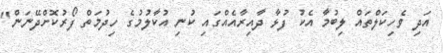
އަދި ވެހިކަލްތައް ލިބުމާ އެކު ފުޅާ ދާއިރާއެއްގައި ކުނި އުކާލުމުގެ ހިދުމަތް ފޯރުކޮށްދޭނަން"